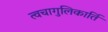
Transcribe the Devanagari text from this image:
त्वचागुलिकार्ति